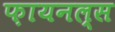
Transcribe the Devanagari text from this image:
फ़ायनल्स